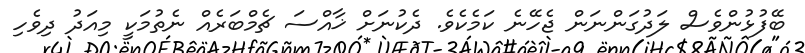
ބޭފުޅުންވެސް ލަދުގަންނަން ޖެހޭނެ ކަމެކެވެ. ދެކުނަށް ޚާއްސަ ޗެމްބަރެއް ނެތުމަކީ މިއަދު ދިވެހި